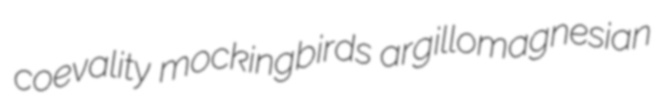
coevality mockingbirds argillomagnesian